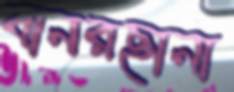
বানরছানা